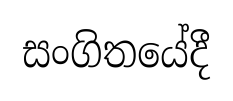
සංගිතයේදී